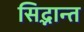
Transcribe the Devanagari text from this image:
सिद्भान्त